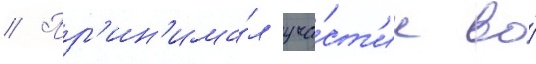
// Пр'ин'има́л уча́ст'ие во́